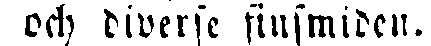
och diverse finsmiden.